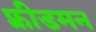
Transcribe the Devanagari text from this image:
फ़्रीडमन